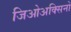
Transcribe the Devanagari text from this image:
जिओअक्सिनो